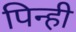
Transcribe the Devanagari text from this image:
पिन्ही